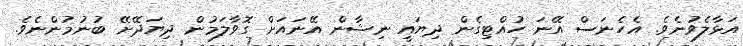
އަޅާލެވުނެވެ. އެހެނަސް އޭނަ ހުއްޓިގެން ދިޔައީ ނިޝާން އޭނައަށް ގޮވާލަމުން ދިޔަދޭށޭ ބުނުމުންނެވެ.